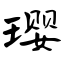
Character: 璎